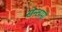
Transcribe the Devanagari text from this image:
सेन्टामी